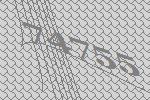
74755